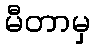
မီတာမှ